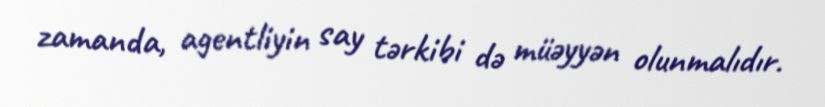
zamanda, agentliyin say tərkibi də müəyyən olunmalıdır.